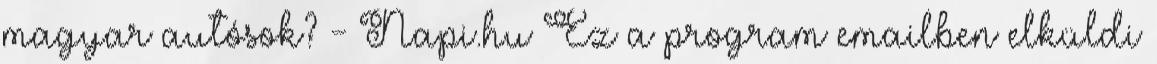
magyar autósok? - Napi.hu Ez a program emailben elküldi